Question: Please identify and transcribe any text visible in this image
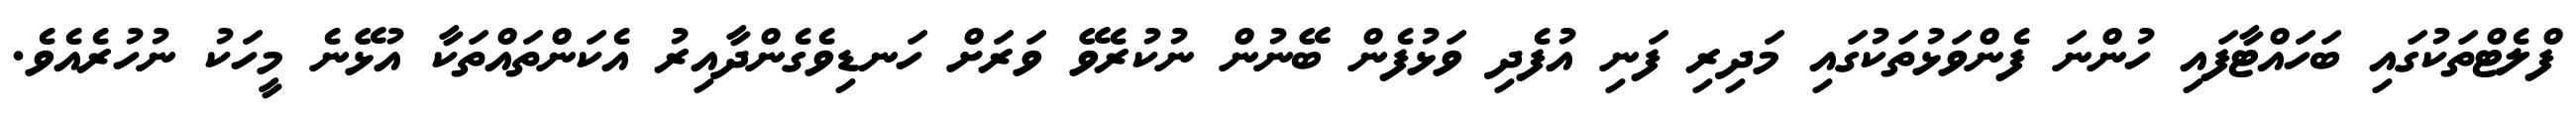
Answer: ފްލެޓްތަކުގައި ބަހައްޓާފައި ހުންނަ ފެންވަޅުތަކުގައި މަދިރި ފަނި އުފެދި ވަޅުފެން ބޭނުން ނުކުރެވޭ ވަރަށް ހަނޑިވެގެންދާއިރު އެކަންތައްތަކާ އުޅޭނެ މީހަކު ނުހުރެއެވެ.